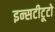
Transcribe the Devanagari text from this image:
इन्सटीटूटो